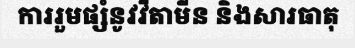
ការរួមផ្សំនូវវីតាមីន និងសារធាតុ